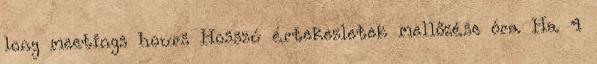
long meetings hours Hosszú értekezletek mellőzése óra Ha 4